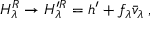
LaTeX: H _ { \lambda } ^ { R } \rightarrow H _ { \lambda } ^ { \prime R } = h ^ { \prime } + f _ { \lambda } { \bar { v } } _ { \lambda } \; ,